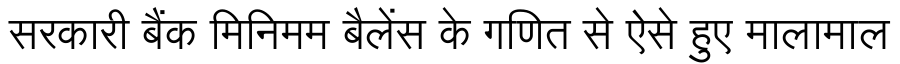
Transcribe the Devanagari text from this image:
सरकारी बैंक मिनिमम बैलेंस के गणित से ऐसे हुए मालामाल